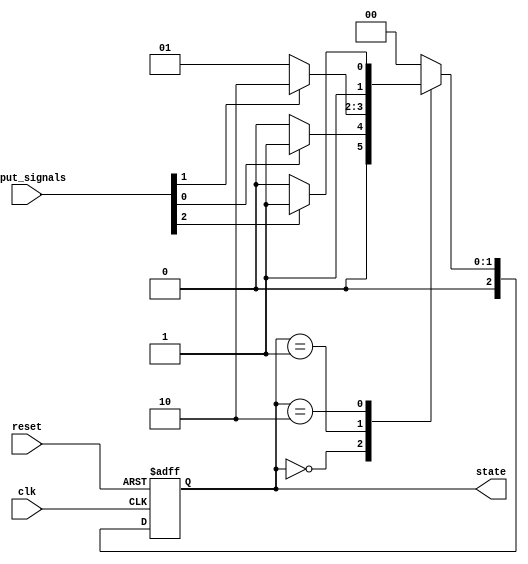
module StateMachine(
    input wire clk,
    input wire reset,
    input wire [2:0] input_signals,
    output reg [2:0] state
);

// Define state register
reg [2:0] next_state;
reg [2:0] current_state;

// State machine states
parameter STATE_A = 3'b000;
parameter STATE_B = 3'b001;
parameter STATE_C = 3'b010;
parameter STATE_D = 3'b011;

always @(posedge clk or posedge reset) begin
    if (reset) begin
        current_state <= STATE_A;
    end else begin
        current_state <= next_state;
    end
end

// Priority encoding logic for next state calculation
always @* begin
    case (current_state)
        STATE_A: begin
            if (input_signals[0] == 1'b1) begin
                next_state = STATE_B;
            end else begin
                next_state = STATE_A;
            end
        end
        STATE_B: begin
            if (input_signals[1] == 1'b1) begin
                next_state = STATE_C;
            end else begin
                next_state = STATE_B;
            end
        end
        STATE_C: begin
            if (input_signals[2] == 1'b1) begin
                next_state = STATE_D;
            end else begin
                next_state = STATE_C;
            end
        end
        STATE_D: begin
            next_state = STATE_A;
        end
        default: next_state = STATE_A;
    endcase
end

// Output the current state
assign state = current_state;

endmodule